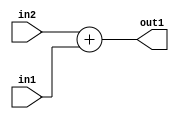
`timescale 1ps / 1ps
/*****************************************************************************
    Verilog RTL Description
    
    
    Created by: Stratus DpOpt 2019.1.01 
*******************************************************************************/

module st_feature_addr_gen_Add_16Ux16U_16U_1 (
	in2,
	in1,
	out1
	); /* architecture "behavioural" */ 
input [15:0] in2,
	in1;
output [15:0] out1;
wire [15:0] asc001;

assign asc001 = 
	+(in2)
	+(in1);

assign out1 = asc001;
endmodule

/* CADENCE  ubHyTA4= : u9/ySgnWtBlWxVPRXgAZ4Og= ** DO NOT EDIT THIS LINE ******/